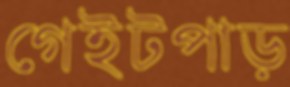
গেইটপাড়